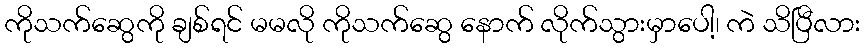
ကိုသက်ဆွေကို ချစ်ရင် မမလို ကိုသက်ဆွေ နောက် လိုက်သွားမှာပေါ့၊ ကဲ သိပြီလား